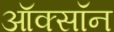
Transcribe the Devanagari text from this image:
ऑक्सॉन